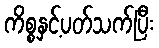
ကိစ္စနှင့်ပတ်သက်ပြီး